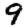
Digit: 9